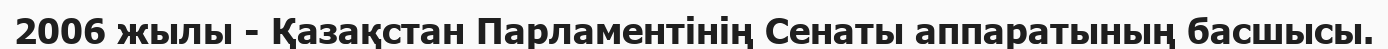
2006 жылы - Қазақстан Парламентінің Сенаты аппаратының басшысы.